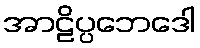
အာဠိပ္ပဘေဒေါ